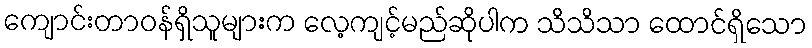
ကျောင်းတာဝန်ရှိသူများက လေ့ကျင့်မည်ဆိုပါက သိသိသာ ထောင်ရှိသော